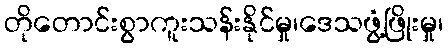
တိုတောင်းစွာကူးသန်းနိုင်မှု၊ဒေသဖွံ့ဖြိုးမှု၊